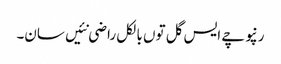
رنپوچے ایس گل توں بالکل راضی نئیں سان۔